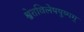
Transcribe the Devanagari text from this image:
श्वेतविलेपपुष्पम्